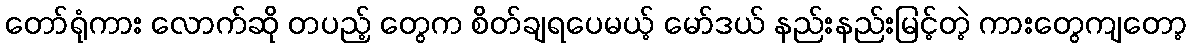
တော်ရုံကား လောက်ဆို တပည့် တွေက စိတ်ချရပေမယ့် မော်ဒယ် နည်းနည်းမြင့်တဲ့ ကားတွေကျတော့